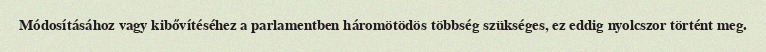
Módosításához vagy kibővítéséhez a parlamentben háromötödös többség szükséges, ez eddig nyolcszor történt meg.